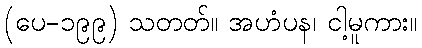
(ပေ-၁၉၉) သတတ်။ အဟံပန၊ ငါ့မူကား။